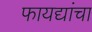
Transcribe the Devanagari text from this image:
फायद्यांचा